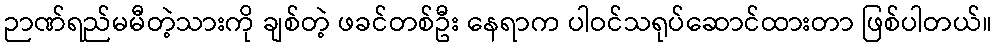
ဉာဏ်ရည်မမီတဲ့သားကို ချစ်တဲ့ ဖခင်တစ်ဦး နေရာက ပါဝင်သရုပ်ဆောင်ထားတာ ဖြစ်ပါတယ်။